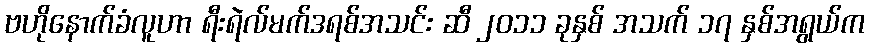
ဗဟိုနောက်ခံလူဟာ ရီးရဲလ်မက်ဒရစ်အသင်း ဆီ ၂၀၁၁ ခုနှစ် အသက် ၁၇ နှစ်အရွယ်က